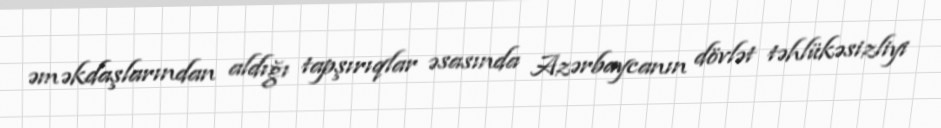
əməkdaşlarından aldığı tapşırıqlar əsasında Azərbaycanın dövlət təhlükəsizliyi